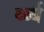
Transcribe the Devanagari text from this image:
र्ब्ब्ब